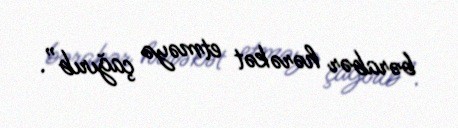
bərabər hərəkət etməyə çağırıb”.